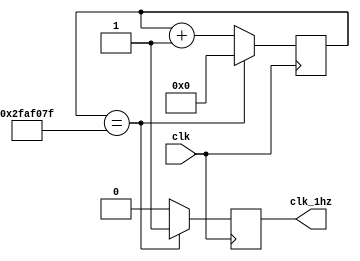
module clk_generator(clk,clk_1hz);
	input clk;
	output clk_1hz;
	reg clk_1hz;
	reg [25:0] counter;
	always @(posedge clk) begin
		if (counter == 49_999_999) begin 
			clk_1hz <= 1;
			counter <= 0;
		end
		else begin
			clk_1hz <= 0;
			counter <= counter+1;
		end
	end
endmodule